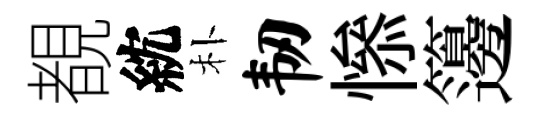
覩紞朴韧𢡖籩